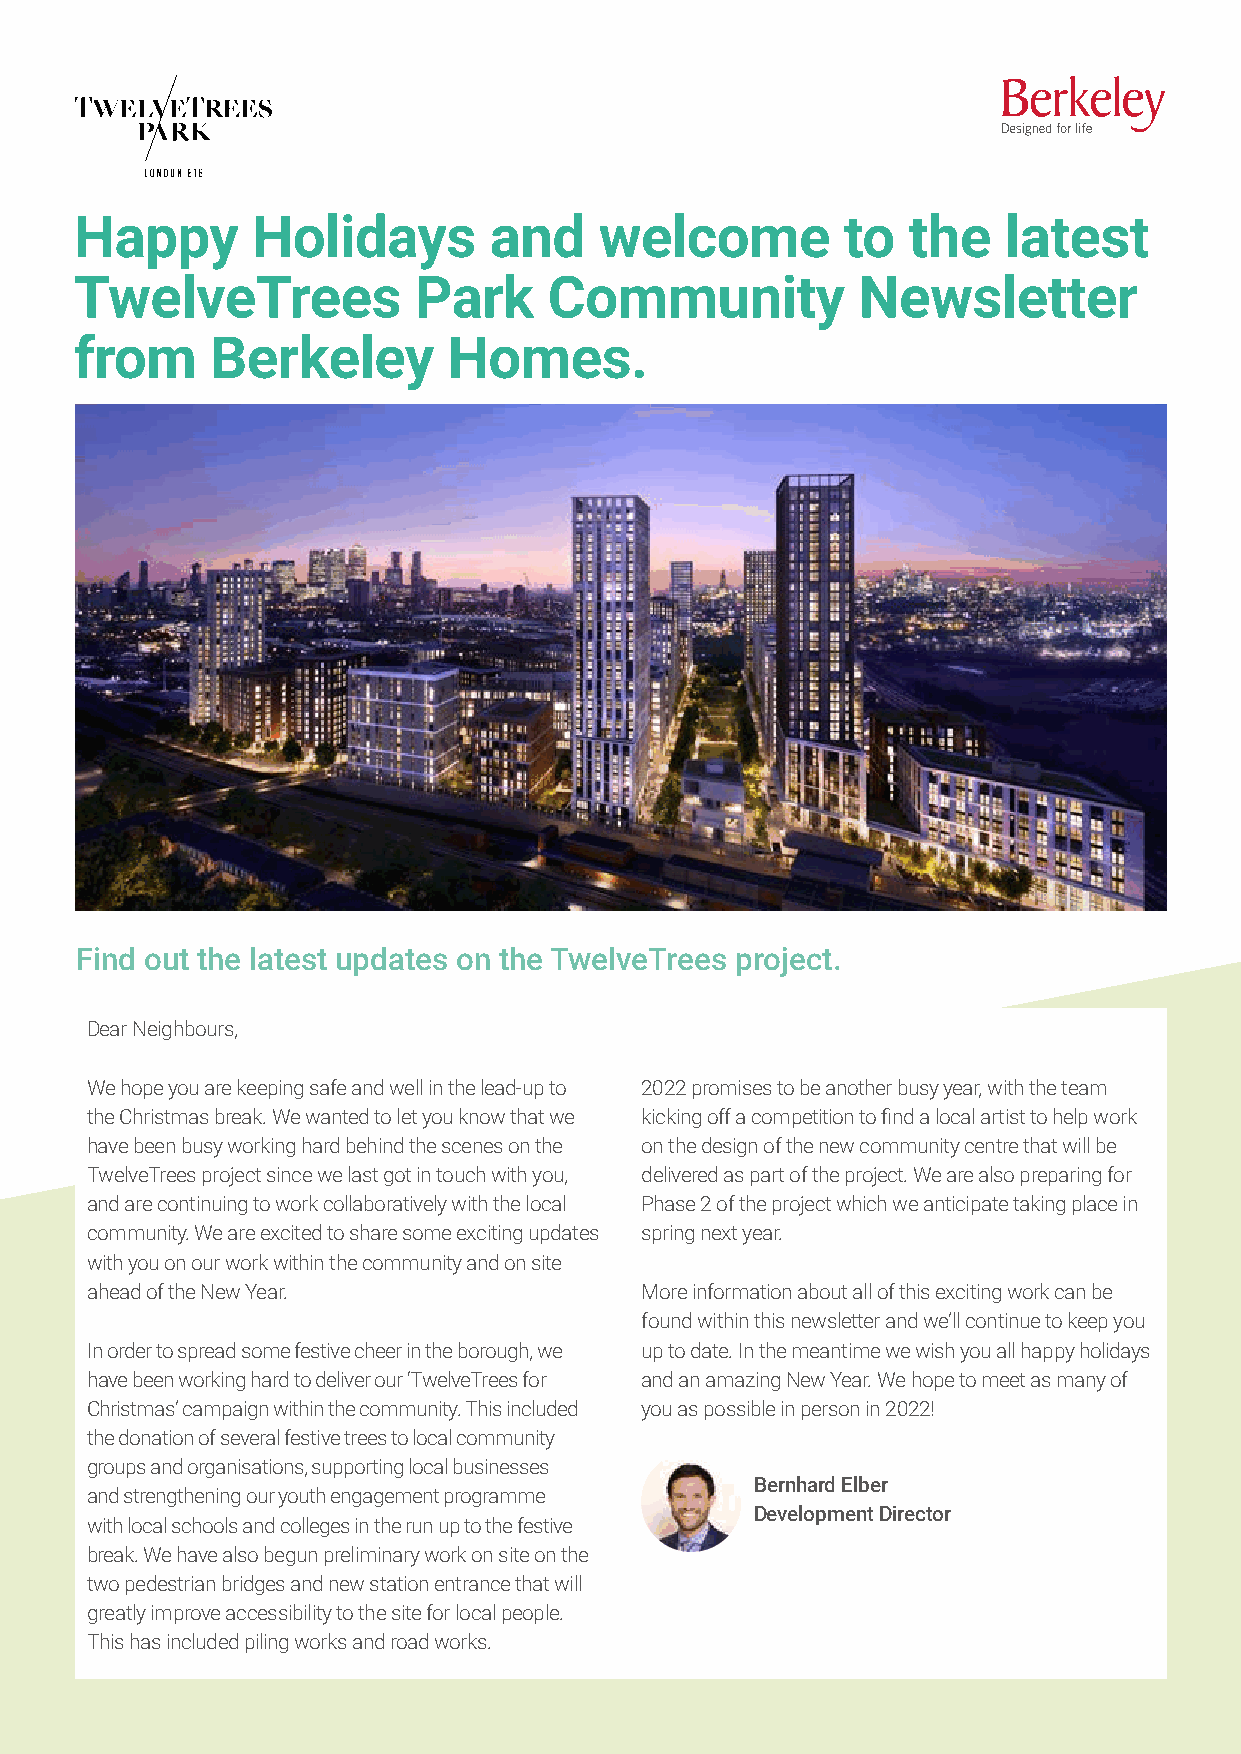
PROJECT TEAM
 Happy       Holidays       and     welcome         to  the   latest
 TwelveTrees           Park     Community            Newsletter
 from     Berkeley        Homes.
 Find out the latest updates on the TwelveTrees project.
 Dear Neighbours,
 We hope you are keeping safe and well in the lead-up to 2022 promises to be another busy year, with the team
 the Christmas break. We wanted to let you know that we kicking off a competition to find a local artist to help work
 have been busy working hard behind the scenes on the on the design of the new community centre that will be
 TwelveTrees project since we last got in touch with you, delivered as part of the project. We are also preparing for
 and are continuing to work collaboratively with the local Phase 2 of the project which we anticipate taking place in
 community. We are excited to share some exciting updates spring next year.
 with you on our work within the community and on site
 ahead of the New Year.              More information about all of this exciting work can be
 found within this newsletter and we’ll continue to keep you
 In order to spread some festive cheer in the borough, we up to date. In the meantime we wish you all happy holidays
 have been working hard to deliver our ‘TwelveTrees for and an amazing New Year. We hope to meet as many of
 Christmas’ campaign within the community. This included you as possible in person in 2022!
 the donation of several festive trees to local community
 groups and organisations, supporting local businesses
 Bernhard Elber
 and strengthening our youth engagement programme
 Development Director
 with local schools and colleges in the run up to the festive
 break. We have also begun preliminary work on site on the
 two pedestrian bridges and new station entrance that will
 greatly improve accessibility to the site for local people.
 This has included piling works and road works.